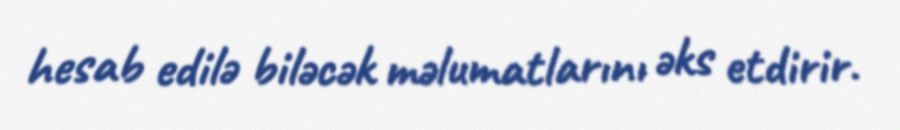
hesab edilə biləcək məlumatlarını əks etdirir.